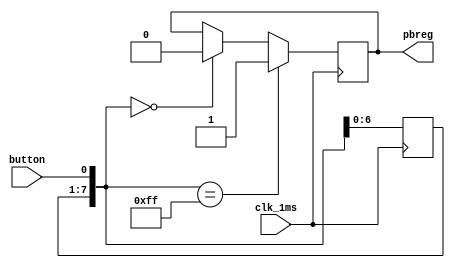
`timescale 1ns / 1ps
//////////////////////////////////////////////////////////////////////////////////
// Company: 
// Engineer: 
// 
// Design Name: 
// Module Name:    pbdebounce 
// Project Name: 
// Target Devices: 
// Tool versions: 
// Description: 
//
// Dependencies: 
//
// Revision: 
// Revision 0.01 - File Created
// Additional Comments: 
//
//////////////////////////////////////////////////////////////////////////////////
module pbdebounce(
    input wire clk_1ms,
    input wire button,
    output reg pbreg
  );

  reg [7:0] pbshift;

  always@(posedge clk_1ms)
  begin
    pbshift=pbshift<<1;
    pbshift[0]=button;
    if (pbshift==8'b0)
      pbreg=0;
    if (pbshift==8'hFF)
      pbreg=1;
  end
endmodule